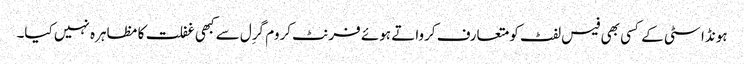
ہونڈا سٹی کے کسی بھی فیس لفٹ کو متعارف کرواتے ہوئے فرنٹ کروم گرِل سے کبھی غفلت کا مظاہرہ نہیں کیا۔